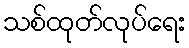
သစ်ထုတ်လုပ်ရေး